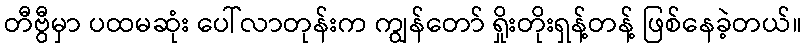
တီဗွီမှာ ပထမဆုံး ပေါ်လာတုန်းက ကျွန်တော် ရှိုးတိုးရှန့်တန့် ဖြစ်နေခဲ့တယ်။